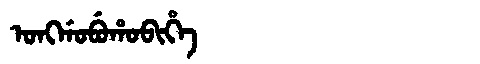
Manchu: ᠣᠩᡤᠣᠪᡠᡥᠣᠪᡳᡥᡝ
Romanization: ONGGOBUHOBIHE